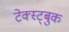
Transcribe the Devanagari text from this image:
टेक्स्ट्बुक